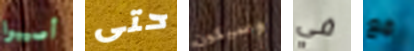
أصيبوا حتى وسيكون في مع